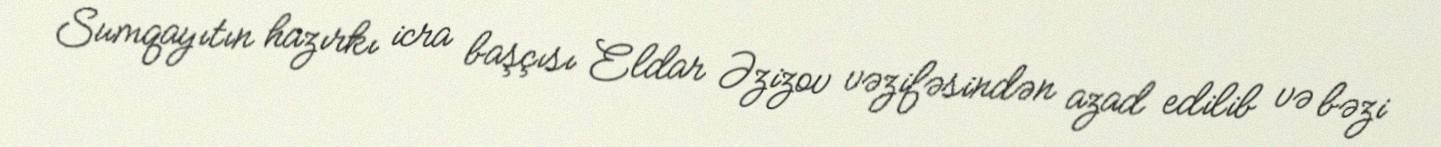
Sumqayıtın hazırkı icra başçısı Eldar Əzizov vəzifəsindən azad edilib və bəzi